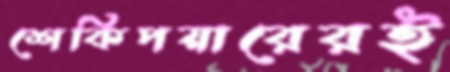
শেকিপয়ারেরই